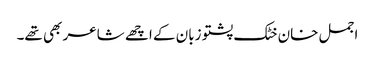
اجمل خان خٹک پشتو زبان کے اچھے شاعر بھی تھے۔